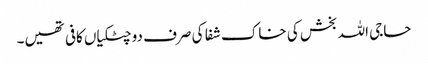
حاجی اللہ بخش کی خاک شفا کی صرف دو چٹکیاں کافی تھیں۔